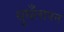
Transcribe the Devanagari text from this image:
धुधँलापन